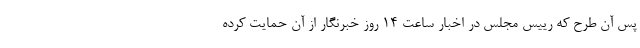
پس آن طرح که رییس مجلس در اخبار ساعت 14 روز خبرنگار از آن حمایت کرده